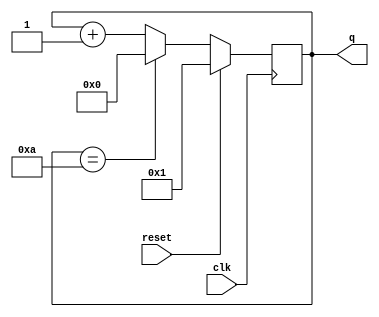
module top_module (
    input clk,
    input reset,
    output [3:0] q
);
    reg [3:0] count;

    always @(posedge clk )
            if (reset) //reset
                count <= 4'd1; 
            else if (count==4'd10) 
                count <= 4'd0; // 
            else 
                count <= count + 4'd1; //1

    assign q = count;  

endmodule